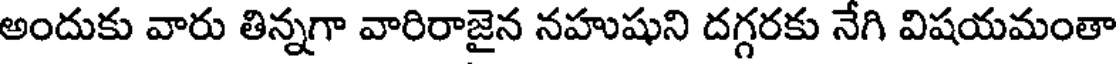
అందుకు వారు తిన్నగా వారిరాజైన నహుషుని దగ్గరకు నేగి విషయమంతా